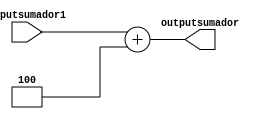
module sumador(
	input[31:0]inputsumador1,
	output reg[31:0]outputsumador
);
always @(inputsumador1)
begin
	outputsumador = inputsumador1+4;
end

/*
assign inputsumador2 = 4;
assign outputsumador = inputsumador1 + inputsumador2;
*/

endmodule